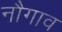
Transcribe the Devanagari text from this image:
नौगाव